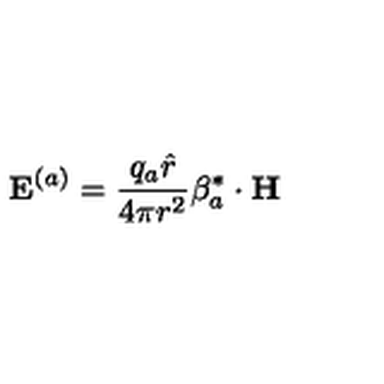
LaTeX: { \bf E } ^ { ( a ) } = \frac { q _ { a } { \hat { r } } } { 4 \pi r ^ { 2 } } { { \mathrm { \boldmath \beta } } _ { a } ^ { * } } \cdot { \bf H }